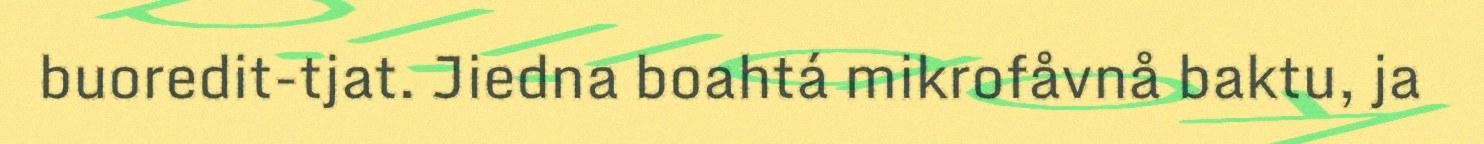
buoredit-tjat. Jiedna boahtá mikrofåvnå baktu, ja